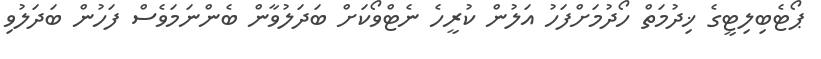
ޕޯޓެބިލިޓީގެ ޚިދުމަތް ހޯދުމަށްފަހު އަލުން ކުރީހެ ނެޓްވޯކަށް ބަދަލުވާން ބެންނަމަވެސް ފަހުން ބަދަލުވި